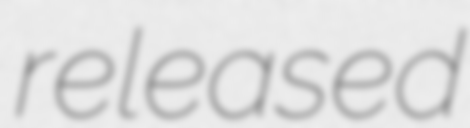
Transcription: released